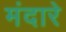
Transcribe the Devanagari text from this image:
मंदारे